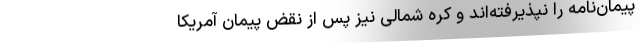
پیمان‌نامه را نپذیرفته‌اند و کره شمالی نیز پس از نقض پیمان آمریکا